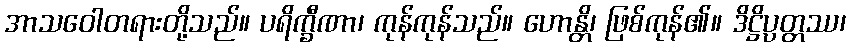
အာသဝေါတရားတို့သည်။ ပရိက္ခီဏာ၊ ကုန်ကုန်သည်။ ဟောန္တိ၊ ဖြစ်ကုန်၏။ ဒိဋ္ဌိပ္ပတ္တဿ၊